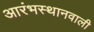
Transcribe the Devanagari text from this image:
आरंभस्थानवाली